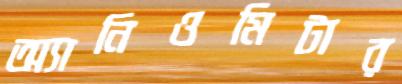
অ্যানিওমিটার